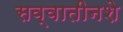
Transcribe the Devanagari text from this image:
सव्वातीनशे